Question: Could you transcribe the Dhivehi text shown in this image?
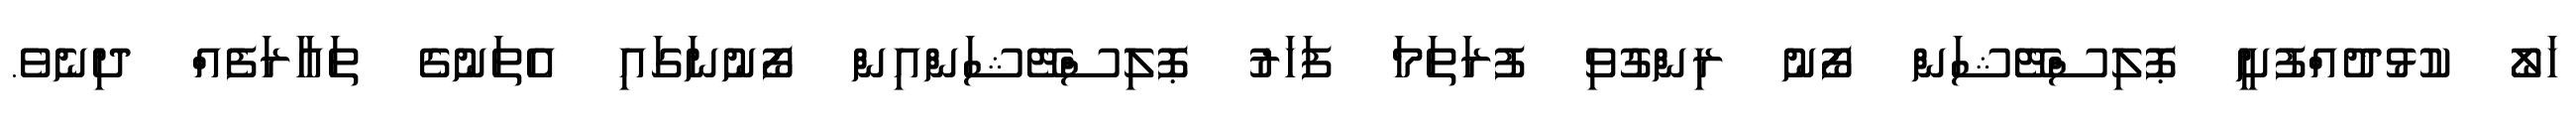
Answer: ހަލޯ ކުޅުދުއްފުށީ ޕޮލިސްޓޭޝަން ފޯނު ރިންގުވި ފުރަތަމަ ފަހަރު ޕޮލިސްޓޭޝަންއިން ފޯނުނަގައި އެތަނުގެ ތައާރަފެއް ދިނެވެ.